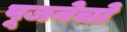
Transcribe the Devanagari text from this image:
पूजनेचो